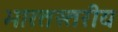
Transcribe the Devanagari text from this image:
भारतस्तरीय